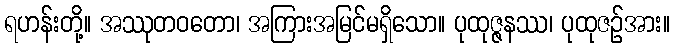
ရဟန်းတို့။ အဿုတဝတော၊ အကြားအမြင်မရှိသော။ ပုထုဇ္ဇနဿ၊ ပုထုဇဉ်အား။